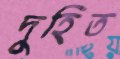
দুহিত